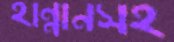
হান্নানসহ